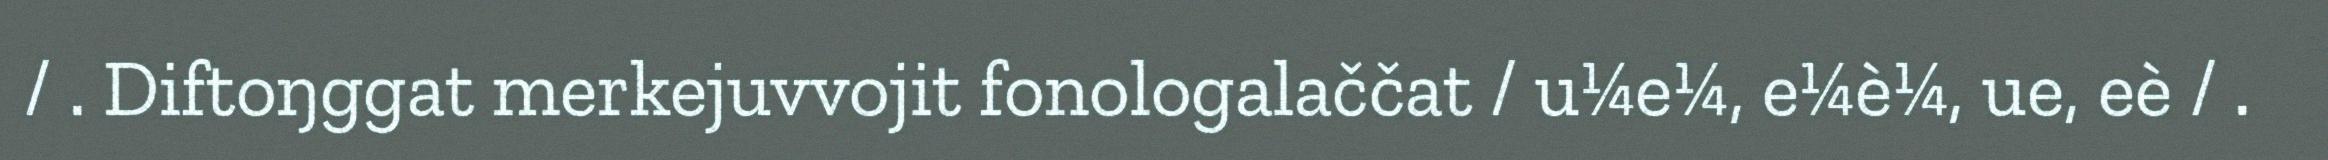
/ . Diftoŋggat merkejuvvojit fonologalaččat / u¼e¼, e¼è¼, ue, eè / .